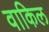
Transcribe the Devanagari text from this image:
वाकिल